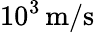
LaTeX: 10^{3}\, \mathrm{m/s}